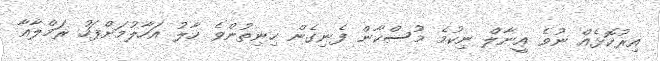
އިރުކޮޅެއް ނުވެ އީނާލް ނިކުމެ މުސްކާން ފެނިގެން ހިނިތުންވެ ހާލު އަހާލުމަށްފަހު ރަމްލާއާ